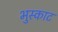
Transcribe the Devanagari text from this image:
भुस्काट